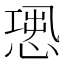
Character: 𢝭